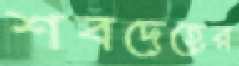
শবদেহের